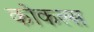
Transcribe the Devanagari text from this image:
कोकल्स